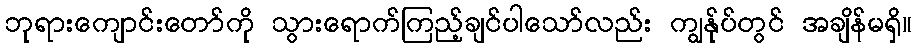
ဘုရားကျောင်းတော်ကို သွားရောက်ကြည့်ချင်ပါသော်လည်း ကျွန်ုပ်တွင် အချိန်မရှိ။